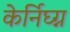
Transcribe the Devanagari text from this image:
केर्निघ्ग्न